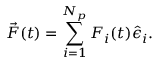
\vec { F } ( t ) = \sum _ { i = 1 } ^ { N _ { p } } F _ { i } ( t ) \hat { \epsilon } _ { i } .